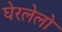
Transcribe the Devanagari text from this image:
घेरलेलो